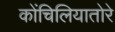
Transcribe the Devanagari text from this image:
कोंचिलियातोरे